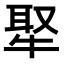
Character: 𤚉